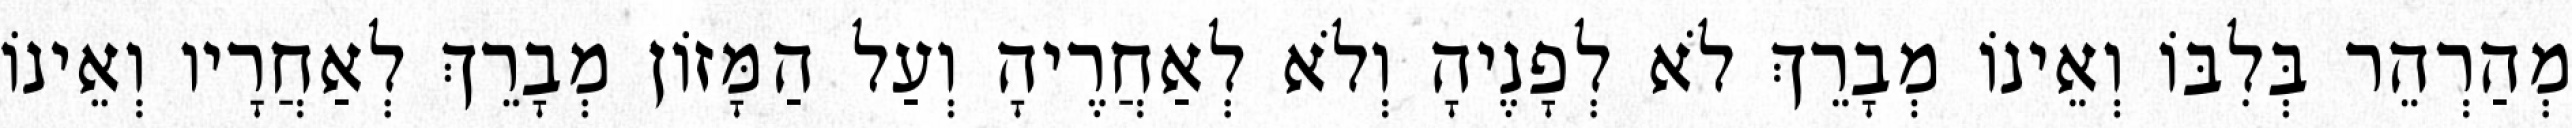
מְהַרְהֵר בְּלִבּוֹ וְאֵינוֹ מְבָרֵךְ לֹא לְפָנֶיהָ וְלֹא לְאַחֲרֶיהָ וְעַל הַמָּזוֹן מְבָרֵךְ לְאַחֲרָיו וְאֵינוֹ